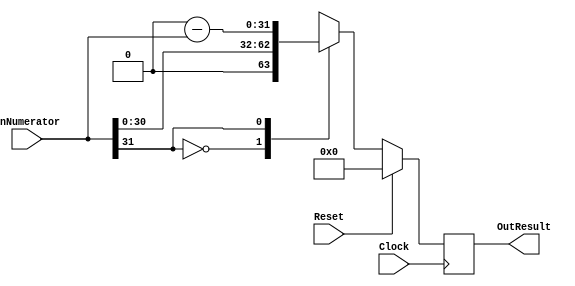
`timescale 1ns/1ps
`default_nettype none
// PLEASE READ THIS, IT MAY SAVE YOU SOME TIME AND MONEY, THANK YOU!
// * This file was generated by Quokka FPGA Toolkit.
// * Generated code is your property, do whatever you want with it
// * Place custom code between [BEGIN USER ***] and [END USER ***].
// * CAUTION: All code outside of [USER] scope is subject to regeneration.
// * Bad things happen sometimes in developer's life,
//   it is recommended to use source control management software (e.g. git, bzr etc) to keep your custom code safe'n'sound.
// * Internal structure of code is subject to change.
//   You can use some of signals in custom code, but most likely they will not exist in future (e.g. will get shorter or gone completely)
// * Please send your feedback, comments, improvement ideas etc. to evmuryshkin@gmail.com
// * Visit https://github.com/EvgenyMuryshkin/QuokkaEvaluation to access latest version of playground
//
// DISCLAIMER:
//   Code comes AS-IS, it is your responsibility to make sure it is working as expected
//   no responsibility will be taken for any loss or damage caused by use of Quokka toolkit.
//
// System configuration name is FunctionsPipelineModule_TopLevel, clock frequency is 1Hz, Top-level
// FSM summary
// -- Packages
module FunctionsPipelineModule_TopLevel
(
	// [BEGIN USER PORTS]
	// [END USER PORTS]
	input wire Clock,
	input wire Reset,
	input wire signed [31: 0] inNumerator,
	output wire signed [31: 0] OutResult
);
	// [BEGIN USER SIGNALS]
	// [END USER SIGNALS]
	localparam HiSignal = 1'b1;
	localparam LoSignal = 1'b0;
	wire Zero = 1'b0;
	wire One = 1'b1;
	wire true = 1'b1;
	wire false = 1'b0;
	wire Pipeline_FunctionsPipelineModule_L34F29L41T18_FunctionsPipelineModule_L39F60T61_Expr = 1'b0;
	wire signed [31: 0] Inputs_inNumerator;
	reg signed [31: 0] Pipeline_stage0_NextState_numerator;
	wire signed [31: 0] Pipeline_Inputs_inNumerator;
	wire signed [31: 0] Pipeline_State_numerator;
	wire signed [31: 0] Pipeline_NextState_numerator;
	wire Pipeline_FunctionsPipelineModule_L34F29L41T18_FunctionsPipelineModule_L35F47T64_Index;
	reg Pipeline_FunctionsPipelineModule_L34F29L41T18_isNumeratorNegative;
	reg signed [31: 0] Pipeline_stage0_State_numerator = 32'b00000000000000000000000000000000;
	wire signed [31: 0] Pipeline_stage0_State_numeratorDefault = 32'b00000000000000000000000000000000;
	wire signed [33: 0] Pipeline_FunctionsPipelineModule_L34F29L41T18_FunctionsPipelineModule_L39F60T77_Expr;
	wire signed [33: 0] Pipeline_FunctionsPipelineModule_L34F29L41T18_FunctionsPipelineModule_L39F60T77_Expr_1;
	wire signed [33: 0] Pipeline_FunctionsPipelineModule_L34F29L41T18_FunctionsPipelineModule_L39F60T77_Expr_2;
	reg [31: 0] Pipeline_FunctionsPipelineModule_L34F29L41T18_FunctionsPipelineModule_L39F37T94_Lookup;
	wire Pipeline_FunctionsPipelineModule_L34F29L41T18_FunctionsPipelineModule_L39F37T94_LookupMultiplexerAddress;
	wire [31: 0] Pipeline_FunctionsPipelineModule_L34F29L41T18_FunctionsPipelineModule_L39F37T94_Lookup1;
	wire [31: 0] Pipeline_FunctionsPipelineModule_L34F29L41T18_FunctionsPipelineModule_L39F37T94_Lookup2;
	always @ (posedge Clock)
	begin
		if ((Reset == 1))
		begin
			Pipeline_stage0_State_numerator <= Pipeline_stage0_State_numeratorDefault;
		end
		else
		begin
			Pipeline_stage0_State_numerator <= Pipeline_stage0_NextState_numerator;
		end
	end
	assign Pipeline_FunctionsPipelineModule_L34F29L41T18_FunctionsPipelineModule_L39F60T77_Expr = Pipeline_FunctionsPipelineModule_L34F29L41T18_FunctionsPipelineModule_L39F60T77_Expr_1 - Pipeline_FunctionsPipelineModule_L34F29L41T18_FunctionsPipelineModule_L39F60T77_Expr_2;
	always @ (*)
	begin
		case (Pipeline_FunctionsPipelineModule_L34F29L41T18_FunctionsPipelineModule_L39F37T94_LookupMultiplexerAddress)
			'b0:
			begin
				Pipeline_FunctionsPipelineModule_L34F29L41T18_FunctionsPipelineModule_L39F37T94_Lookup = Pipeline_FunctionsPipelineModule_L34F29L41T18_FunctionsPipelineModule_L39F37T94_Lookup1;
			end
			'b1:
			begin
				Pipeline_FunctionsPipelineModule_L34F29L41T18_FunctionsPipelineModule_L39F37T94_Lookup = Pipeline_FunctionsPipelineModule_L34F29L41T18_FunctionsPipelineModule_L39F37T94_Lookup2;
			end
			default:
			begin
				Pipeline_FunctionsPipelineModule_L34F29L41T18_FunctionsPipelineModule_L39F37T94_Lookup = 'b00000000000000000000000000000000;
			end
		endcase
	end
	always @ (*)
	begin
		Pipeline_stage0_NextState_numerator = Pipeline_stage0_State_numerator;
		Pipeline_FunctionsPipelineModule_L34F29L41T18_isNumeratorNegative = Zero;
		Pipeline_FunctionsPipelineModule_L34F29L41T18_isNumeratorNegative = Pipeline_FunctionsPipelineModule_L34F29L41T18_FunctionsPipelineModule_L35F47T64_Index;
		Pipeline_stage0_NextState_numerator = Pipeline_FunctionsPipelineModule_L34F29L41T18_FunctionsPipelineModule_L39F37T94_Lookup/*cast*/;
	end
	assign Pipeline_FunctionsPipelineModule_L34F29L41T18_FunctionsPipelineModule_L39F60T77_Expr_1 = { {33{1'b0}}, Pipeline_FunctionsPipelineModule_L34F29L41T18_FunctionsPipelineModule_L39F60T61_Expr }/*expand*/;
	assign Pipeline_FunctionsPipelineModule_L34F29L41T18_FunctionsPipelineModule_L39F60T77_Expr_2 = { {2{Pipeline_Inputs_inNumerator[31]}}, Pipeline_Inputs_inNumerator }/*expand*/;
	assign Inputs_inNumerator = inNumerator;
	assign Pipeline_State_numerator = Pipeline_stage0_State_numerator;
	assign Pipeline_NextState_numerator = Pipeline_stage0_NextState_numerator;
	assign Pipeline_FunctionsPipelineModule_L34F29L41T18_FunctionsPipelineModule_L35F47T64_Index = Pipeline_Inputs_inNumerator[31]/*cast*/;
	assign OutResult = Pipeline_State_numerator;
	assign Pipeline_Inputs_inNumerator = Inputs_inNumerator;
	assign Pipeline_FunctionsPipelineModule_L34F29L41T18_FunctionsPipelineModule_L39F37T94_Lookup1 = Pipeline_Inputs_inNumerator/*cast*/;
	assign Pipeline_FunctionsPipelineModule_L34F29L41T18_FunctionsPipelineModule_L39F37T94_Lookup2 = Pipeline_FunctionsPipelineModule_L34F29L41T18_FunctionsPipelineModule_L39F60T77_Expr[31:0]/*truncate*/;
	assign Pipeline_FunctionsPipelineModule_L34F29L41T18_FunctionsPipelineModule_L39F37T94_LookupMultiplexerAddress = Pipeline_FunctionsPipelineModule_L34F29L41T18_isNumeratorNegative;
	// [BEGIN USER ARCHITECTURE]
	// [END USER ARCHITECTURE]
endmodule